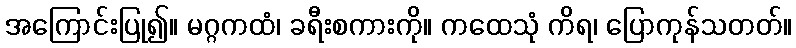
အကြောင်းပြု၍။ မဂ္ဂကထံ၊ ခရီးစကားကို။ ကထေသုံ ကိရ၊ ပြောကုန်သတတ်။